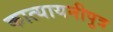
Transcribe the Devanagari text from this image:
कात्यायनीपुत्र